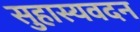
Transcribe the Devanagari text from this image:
सुहास्यवदन